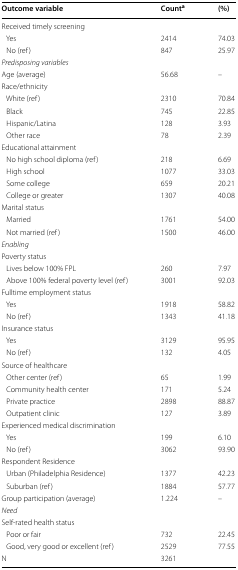
<table><thead><tr><td><b>Outcome variable</b></td><td><b>Count<sup>a</sup></b></td><td><b>(%)</b></td></tr></thead><tbody><tr><td colspan="3">Received timely screening</td></tr><tr><td> Yes</td><td>2414</td><td>74.03</td></tr><tr><td> No (ref)</td><td>847</td><td>25.97</td></tr><tr><td colspan="3"><i>Predisposing variables</i></td></tr><tr><td>Age (average)</td><td>56.68</td><td>–</td></tr><tr><td colspan="3">Race/ethnicity</td></tr><tr><td> White (ref)</td><td>2310</td><td>70.84</td></tr><tr><td> Black</td><td>745</td><td>22.85</td></tr><tr><td> Hispanic/Latina</td><td>128</td><td>3.93</td></tr><tr><td> Other race</td><td>78</td><td>2.39</td></tr><tr><td colspan="3">Educational attainment</td></tr><tr><td> No high school diploma (ref)</td><td>218</td><td>6.69</td></tr><tr><td> High school</td><td>1077</td><td>33.03</td></tr><tr><td> Some college</td><td>659</td><td>20.21</td></tr><tr><td> College or greater</td><td>1307</td><td>40.08</td></tr><tr><td colspan="3">Marital status</td></tr><tr><td> Married</td><td>1761</td><td>54.00</td></tr><tr><td> Not married (ref)</td><td>1500</td><td>46.00</td></tr><tr><td colspan="3"><i>Enabling</i></td></tr><tr><td colspan="3">Poverty status</td></tr><tr><td> Lives below 100% FPL</td><td>260</td><td>7.97</td></tr><tr><td> Above 100% federal poverty level (ref)</td><td>3001</td><td>92.03</td></tr><tr><td colspan="3">Fulltime employment status</td></tr><tr><td> Yes</td><td>1918</td><td>58.82</td></tr><tr><td> No (ref)</td><td>1343</td><td>41.18</td></tr><tr><td colspan="3">Insurance status</td></tr><tr><td> Yes</td><td>3129</td><td>95.95</td></tr><tr><td> No (ref)</td><td>132</td><td>4.05</td></tr><tr><td colspan="3">Source of healthcare</td></tr><tr><td> Other center (ref)</td><td>65</td><td>1.99</td></tr><tr><td> Community health center</td><td>171</td><td>5.24</td></tr><tr><td> Private practice</td><td>2898</td><td>88.87</td></tr><tr><td> Outpatient clinic</td><td>127</td><td>3.89</td></tr><tr><td colspan="3">Experienced medical discrimination</td></tr><tr><td> Yes</td><td>199</td><td>6.10</td></tr><tr><td> No (ref)</td><td>3062</td><td>93.90</td></tr><tr><td colspan="3">Respondent Residence</td></tr><tr><td> Urban (Philadelphia Residence)</td><td>1377</td><td>42.23</td></tr><tr><td> Suburban (ref)</td><td>1884</td><td>57.77</td></tr><tr><td>Group participation (average)</td><td>1.224</td><td>–</td></tr><tr><td colspan="3"><i>Need</i></td></tr><tr><td colspan="3">Self-rated health status</td></tr><tr><td> Poor or fair</td><td>732</td><td>22.45</td></tr><tr><td> Good, very good or excellent (ref)</td><td>2529</td><td>77.55</td></tr><tr><td>N</td><td>3261</td><td></td></tr></tbody></table>